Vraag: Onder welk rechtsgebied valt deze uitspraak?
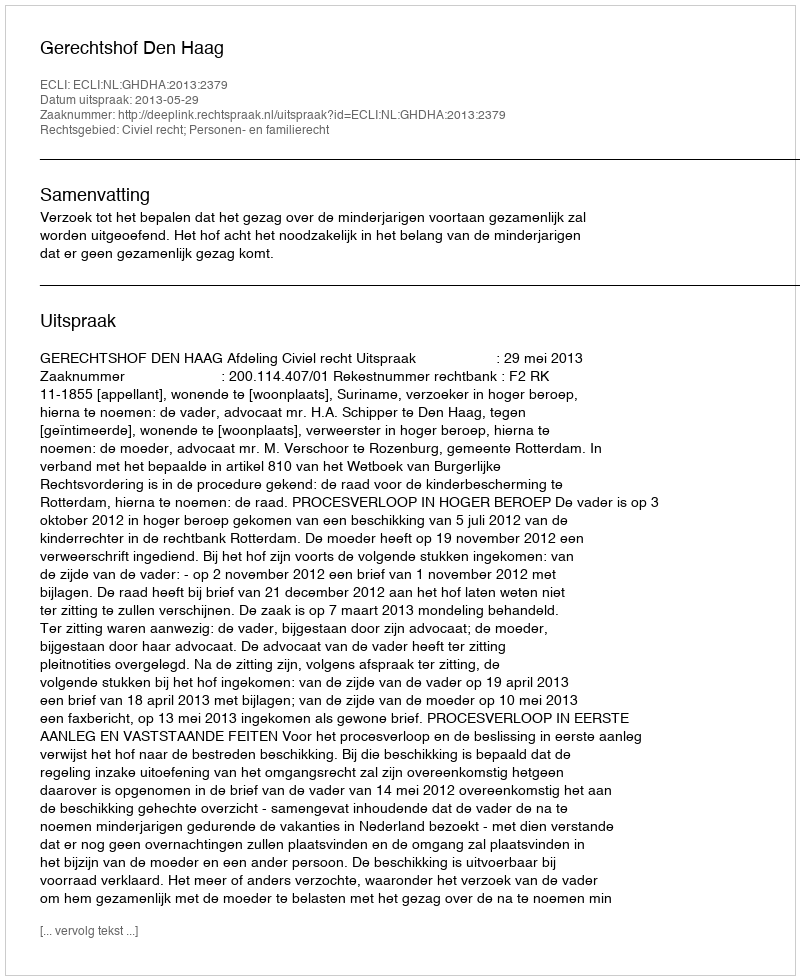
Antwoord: Civiel recht; Personen- en familierecht